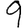
Digit: 9